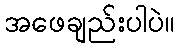
အဖေချည်းပါပဲ။